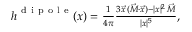
\begin{array} { r } { \boldsymbol { h } ^ { \mathrm { ~ d ~ i ~ p ~ o ~ l ~ e ~ } } ( \boldsymbol { x } ) = \frac { 1 } { 4 \pi } \frac { 3 \vec { x } \, ( \vec { M } \cdot \vec { x } ) - \vert x \vert ^ { 2 } \, \vec { M } } { \vert x \vert ^ { 5 } } , } \end{array}